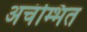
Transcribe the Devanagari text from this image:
अचंम्भित